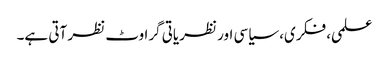
علمی، فکری، سیاسی اور نظریاتی گراوٹ نظر آتی ہے۔